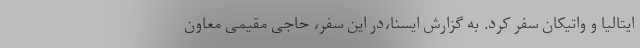
ایتالیا و واتیکان سفر کرد. به گزارش ایسنا،در این سفر، حاجی مقیمی معاون